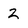
Character: 2